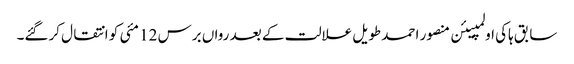
سابق ہاکی اولمپیئن منصور احمد طویل علالت کے بعد رواں برس 12 مئی کو انتقال کرگئے۔